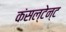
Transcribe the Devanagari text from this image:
कंसल्टेन्ट